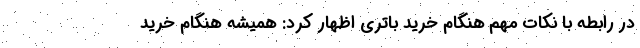
در رابطه با نکات مهم هنگام خرید باتری اظهار کرد: همیشه هنگام خرید